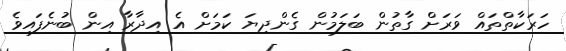
ހަރަކާތްތައް ވަރަށް ގާތުން ބަލަމުން ގެންދިޔަ ކަމަށް އެ އިދާރާ އިން ބުނެފައިވެ